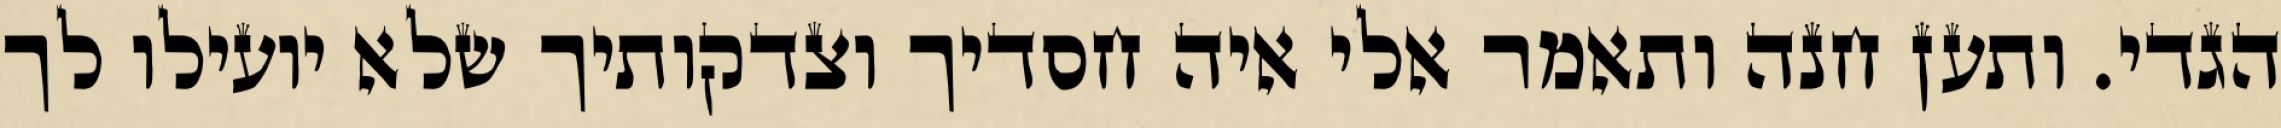
הגדי. ותען חנה ותאמר אלי איה חסדיך וצדקותיך שלא יועילו לך